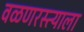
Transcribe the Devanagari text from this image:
वळणरस्त्याला